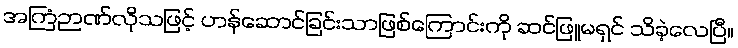
အကြံဉာဏ်လိုသဖြင့် ဟန်ဆောင်ခြင်းသာဖြစ်ကြောင်းကို ဆင်ဖြူမရှင် သိခဲ့လေပြီ။